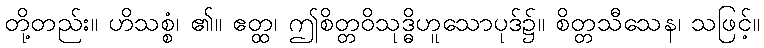
တို့တည်း။ ဟိသစ္စံ၊ ၏။ ဧတ္ထ၊ ဤစိတ္တဝိသုဒ္ဓိဟူသောပုဒ်၌။ စိတ္တသီသေန၊ သဖြင့်။